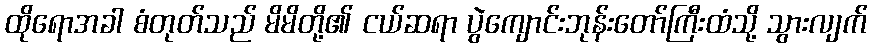
ထိုရောအခါ စံတုတ်သည် မိမိတို့၏ ငယ်ဆရာ ပွဲကျောင်းဘုန်းတော်ကြီးထံသို့ သွားလျက်